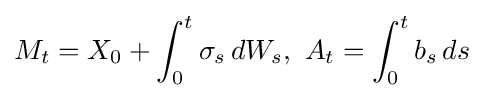
M_{t}=X_{0}+\int _{0}^{t}\sigma _{s}\,dW_{s},\ A_{t}=\int _{0}^{t}b_{s}\,ds